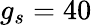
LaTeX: g_{s}=40